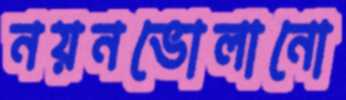
নয়নভোলানো